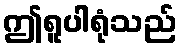
ဤရူပါရုံသည်